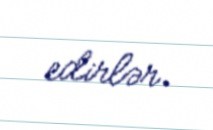
edirlər.